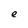
Character: e